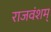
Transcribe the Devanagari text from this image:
राजवंशम्